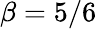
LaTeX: \beta=5/6